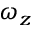
\omega _ { z }